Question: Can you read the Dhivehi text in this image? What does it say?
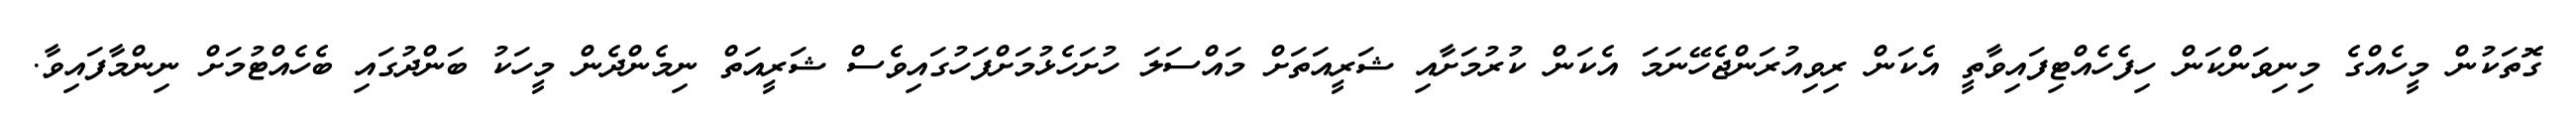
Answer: ގޮތަކުން މީހެއްގެ މިނިވަންކަން ހިފެހެއްޓިފައިވާތީ އެކަން ރިވިއުރަންޖެހޭނަމަ އެކަން ކުރުމަށާއި ޝަރީއަތަށް މައްސަލަ ހުށަހެޅުމަށްފަހުގައިވެސް ޝަރީއަތް ނިމެންދެން މީހަކު ބަންދުގައި ބެހެއްޓުމަށް ނިންމާފައިވާ.